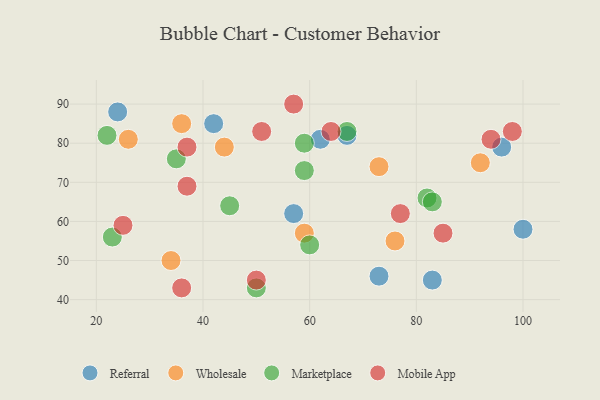
{"axis": {"x": "GDP", "y": "Life Expectancy"}, "legend": ["Marketplace", "Mobile App", "Referral", "Wholesale"], "data": [{"x": "83", "y": 45, "type": "Referral"}, {"x": "62", "y": 81, "type": "Referral"}, {"x": "73", "y": 46, "type": "Referral"}, {"x": "96", "y": 79, "type": "Referral"}, {"x": "100", "y": 58, "type": "Referral"}, {"x": "57", "y": 62, "type": "Referral"}, {"x": "67", "y": 82, "type": "Referral"}, {"x": "42", "y": 85, "type": "Referral"}, {"x": "24", "y": 88, "type": "Referral"}, {"x": "73", "y": 74, "type": "Wholesale"}, {"x": "36", "y": 85, "type": "Wholesale"}, {"x": "76", "y": 55, "type": "Wholesale"}, {"x": "26", "y": 81, "type": "Wholesale"}, {"x": "92", "y": 75, "type": "Wholesale"}, {"x": "34", "y": 50, "type": "Wholesale"}, {"x": "44", "y": 79, "type": "Wholesale"}, {"x": "59", "y": 57, "type": "Wholesale"}, {"x": "67", "y": 83, "type": "Marketplace"}, {"x": "50", "y": 43, "type": "Marketplace"}, {"x": "23", "y": 56, "type": "Marketplace"}, {"x": "35", "y": 76, "type": "Marketplace"}, {"x": "59", "y": 80, "type": "Marketplace"}, {"x": "22", "y": 82, "type": "Marketplace"}, {"x": "60", "y": 54, "type": "Marketplace"}, {"x": "59", "y": 73, "type": "Marketplace"}, {"x": "45", "y": 64, "type": "Marketplace"}, {"x": "82", "y": 66, "type": "Marketplace"}, {"x": "83", "y": 65, "type": "Marketplace"}, {"x": "77", "y": 62, "type": "Mobile App"}, {"x": "85", "y": 57, "type": "Mobile App"}, {"x": "36", "y": 43, "type": "Mobile App"}, {"x": "94", "y": 81, "type": "Mobile App"}, {"x": "57", "y": 90, "type": "Mobile App"}, {"x": "64", "y": 83, "type": "Mobile App"}, {"x": "25", "y": 59, "type": "Mobile App"}, {"x": "50", "y": 45, "type": "Mobile App"}, {"x": "98", "y": 83, "type": "Mobile App"}, {"x": "37", "y": 69, "type": "Mobile App"}, {"x": "51", "y": 83, "type": "Mobile App"}, {"x": "37", "y": 79, "type": "Mobile App"}]}